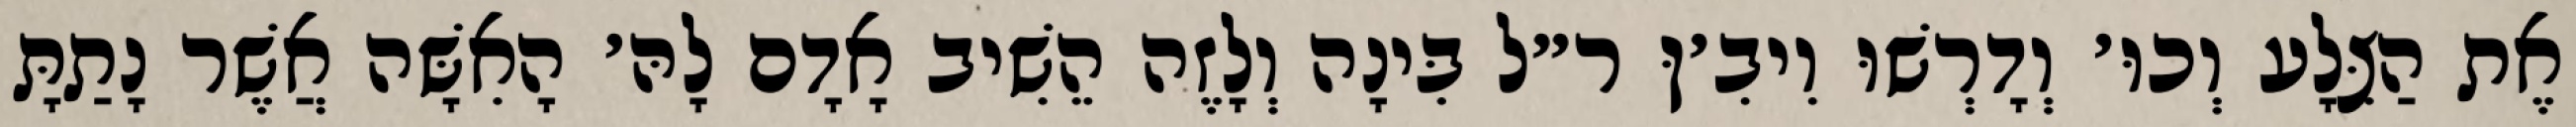
אֶת הַצֵּלָע וְכוּ׳ וְדָרְשׁוּ וִיבִ׳ןּ ר״ל בִּינָה וְלָזֶה הֵשִׁיב אָדָם לָהּ׳ הָאִשָּׁה אֲשֶׁר נָתַתָּ